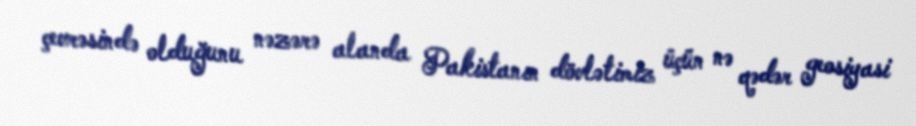
çevrəsində olduğunu nəzərə alanda Pakistanın dövlətimiz üçün nə qədər geosiyasi